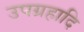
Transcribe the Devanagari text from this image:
उपग्रहादि